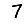
Digit: 7